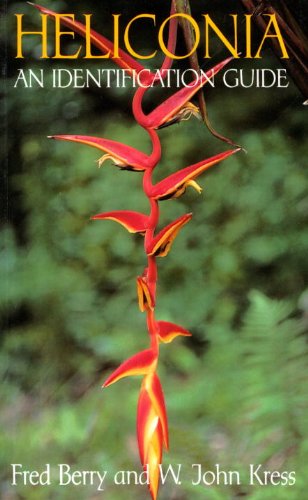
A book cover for Heliconia an Identification Guide; Fred Berry; Crafts, Hobbies & Home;